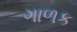
ગાળક